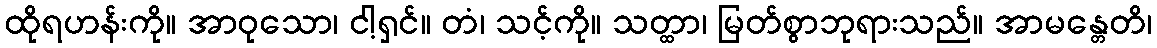
ထိုရဟန်းကို။ အာဝုသော၊ ငါ့ရှင်။ တံ၊ သင့်ကို။ သတ္ထာ၊ မြတ်စွာဘုရားသည်။ အာမန္တေတိ၊